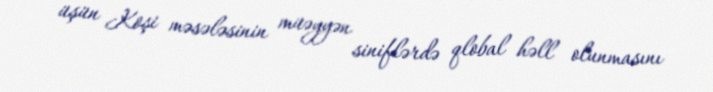
üşün Koşi məsələsinin müəyyən siniflərdə qlobal həll olunmasını